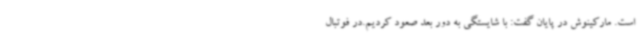
است. مارکینوش در پایان گفت: با شایستگی به دور بعد صعود کردیم.در فوتبال